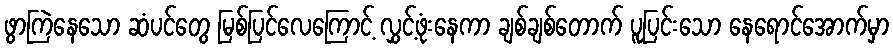
ဖွာကြဲနေသော ဆံပင်တွေ မြစ်ပြင်လေကြောင့် လွှင့်ဖုံးနေကာ ချစ်ချစ်တောက် ပူပြင်းသော နေရောင်အောက်မှာ